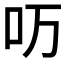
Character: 𱒀